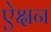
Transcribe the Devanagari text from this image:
ऐक्षन